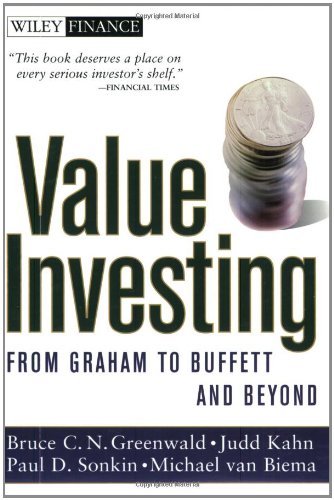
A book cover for Value Investing: From Graham to Buffett and Beyond; Bruce C. N. Greenwald; Business & Money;